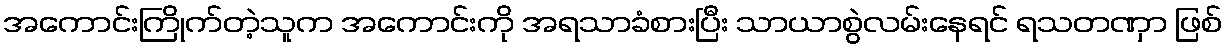
အကောင်းကြိုက်တဲ့သူက အကောင်းကို အရသာခံစားပြီး သာယာစွဲလမ်းနေရင် ရသတဏှာ ဖြစ်